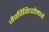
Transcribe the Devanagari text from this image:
जैवविविधतेमागे